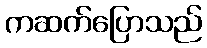
ကဆက်ပြောသည်